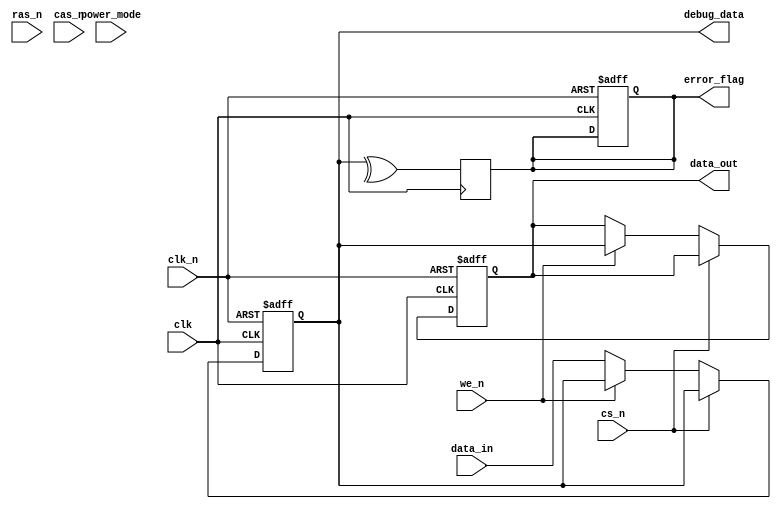
module gddr5x_io_block (
    input wire clk,           // Differential clock input CK
    input wire clk_n,         // Differential clock input CK#
    input wire [63:0] data_in, // Data input (64 bits)
    output wire [63:0] data_out, // Data output (64 bits)
    input wire cs_n,         // Chip Select
    input wire ras_n,        // Row Address Strobe
    input wire cas_n,        // Column Address Strobe
    input wire we_n,         // Write Enable
    output wire error_flag,  // Error flag for ECC
    input wire [1:0] power_mode, // Power management mode
    output wire [63:0] debug_data // Debug data output
);

// Parameters
parameter DATA_WIDTH = 64;
parameter ADDR_WIDTH = 32;

// Internal signals
reg [DATA_WIDTH-1:0] data_buffer;
reg [DATA_WIDTH-1:0] output_buffer;
reg error_detected;

// Clock Management
always @(posedge clk or negedge clk_n) begin
    if (!clk_n) begin
        // Reset logic
        data_buffer <= 0;
        output_buffer <= 0;
        error_detected <= 0;
    end else begin
        // Data alignment and capture
        if (!cs_n) begin
            if (!we_n) begin
                // Write operation
                data_buffer <= data_in;
            end else begin
                // Read operation
                output_buffer <= data_buffer;
            end
        end
    end
end

// Error Handling (Simplified ECC)
always @(posedge clk) begin
    // Simple error detection logic (parity check for example)
    error_detected <= ^data_buffer; // Example: XOR for parity
end

assign data_out = output_buffer;
assign error_flag = error_detected;

// Power Management Logic
always @(power_mode) begin
    case (power_mode)
        2'b00: begin
            // Active mode
            // Implement active mode logic
        end
        2'b01: begin
            // Low power mode
            // Implement low power logic
        end
        2'b10: begin
            // Deep sleep mode
            // Implement deep sleep logic
        end
        default: begin
            // Default case
        end
    endcase
end

// Debugging and Testability
assign debug_data = data_buffer; // Output debug data for testing

endmodule